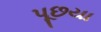
પૂછયા